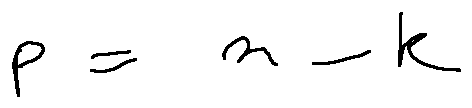
p = n - k